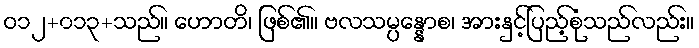
ဝ၁၂+၀၁၃+သည်။ ဟောတိ၊ ဖြစ်၏။ ဗလသမ္ပန္နောစ၊ အားနှင့်ပြည့်စုံသည်လည်း။